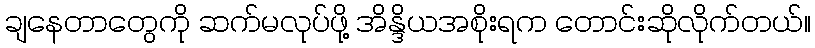
ချနေတာတွေကို ဆက်မလုပ်ဖို့ အိန္ဒိယအစိုးရက တောင်းဆိုလိုက်တယ်။